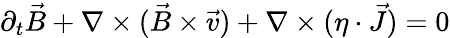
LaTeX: \partial_{t}\vec{B}+\nabla\times(\vec{B}\times\vec{v})+\nabla\times(\eta\cdot\vec{J})=0